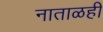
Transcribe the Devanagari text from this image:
नाताळही